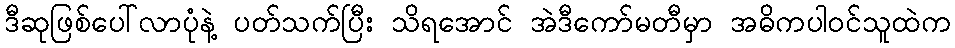
ဒီဆုဖြစ်ပေါ်လာပုံနဲ့ ပတ်သက်ပြီး သိရအောင် အဲဒီကော်မတီမှာ အဓိကပါဝင်သူထဲက